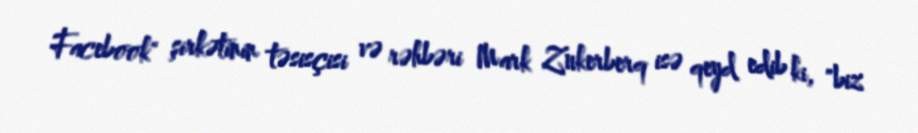
Facebook" şirkətinin təsisçisi və rəhbəri Mark Zukerberq isə qeyd edib ki, "biz